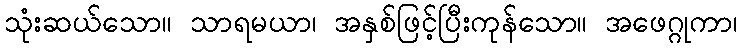
သုံးဆယ်သော။ သာရမယာ၊ အနှစ်ဖြင့်ပြီးကုန်သော။ အဖေဂ္ဂုကာ၊